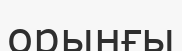
орынғы